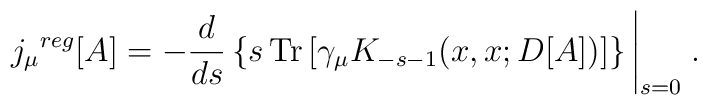
{j_{\mu}}^{reg}[A]= -\frac{d}{ds}\left\{ s\, \mbox{Tr}\left[\gamma_{\mu}K_{-s-1}(x,x;D[A]) \right]\right\} \left|\rule[-0.4cm]{0cm}{.4cm}_{s=0}\right. .